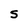
Character: S